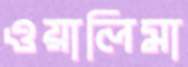
ওয়ালিমা